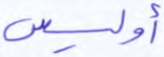
أوليس